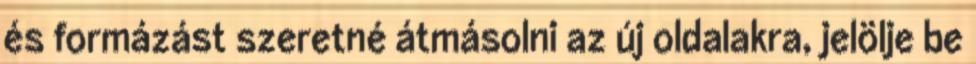
és formázást szeretné átmásolni az új oldalakra, jelölje be